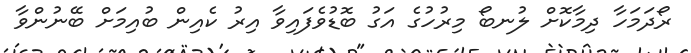
ރޯދަމަހާ ދިމާކޮށް ލުނބޯ މިރުހުގެ އަގު ބޮޑުވެފައިވާ އިރު ކެއިން ބުއިމަށް ބޭނުންވާ